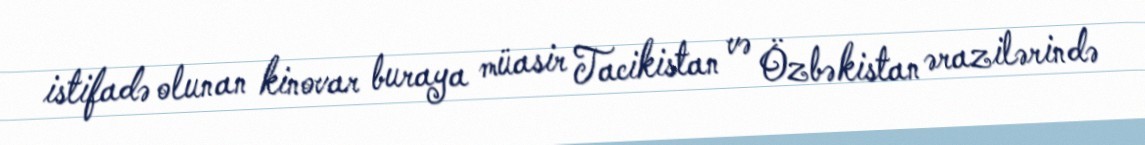
istifadə olunan kinovar buraya müasir Tacikistan və Özbəkistan ərazilərində